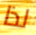
لذا